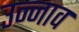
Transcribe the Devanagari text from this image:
उन्‍नाव